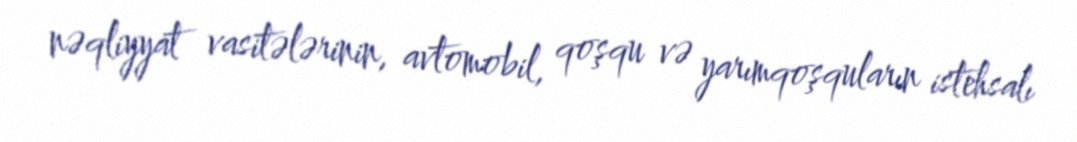
nəqliyyat vasitələrinin, avtomobil, qoşqu və yarımqoşquların istehsalı